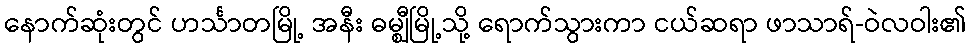
နောက်ဆုံးတွင် ဟင်္သာတမြို့ အနီး ဓမ္ဈီမြို့သို့ ရောက်သွားကာ ငယ်ဆရာ ဖာသာရ်-ဝဲလဝါး၏